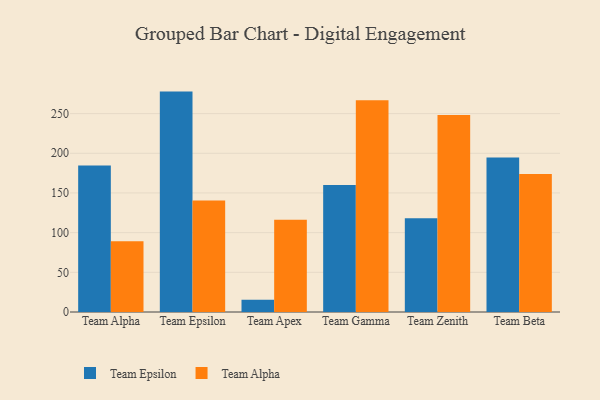
{"axis": {"x": "Team", "y": "Population (Million)"}, "legend": ["Team Alpha", "Team Epsilon"], "data": [{"x": "Team Alpha", "y": 184.7, "type": "Team Epsilon"}, {"x": "Team Alpha", "y": 89.1, "type": "Team Alpha"}, {"x": "Team Epsilon", "y": 277.7, "type": "Team Epsilon"}, {"x": "Team Epsilon", "y": 140.4, "type": "Team Alpha"}, {"x": "Team Apex", "y": 15.5, "type": "Team Epsilon"}, {"x": "Team Apex", "y": 116.1, "type": "Team Alpha"}, {"x": "Team Gamma", "y": 159.9, "type": "Team Epsilon"}, {"x": "Team Gamma", "y": 266.9, "type": "Team Alpha"}, {"x": "Team Zenith", "y": 118.1, "type": "Team Epsilon"}, {"x": "Team Zenith", "y": 248.1, "type": "Team Alpha"}, {"x": "Team Beta", "y": 194.7, "type": "Team Epsilon"}, {"x": "Team Beta", "y": 173.9, "type": "Team Alpha"}]}